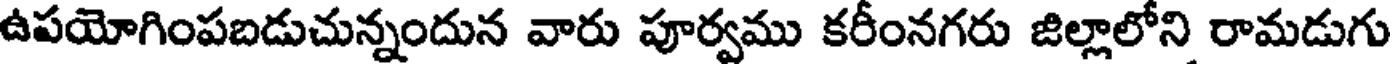
ఉపయోగింపబడుచున్నందున వారు పూర్వము కరీంనగరు జిల్లాలోని రామడుగు